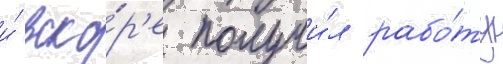
и́ вско́р'е получи́л рабо́ту